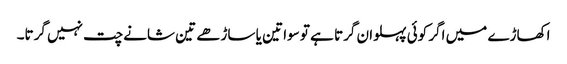
اکھاڑے میں اگر کوئی پہلوان گرتا ہے تو سوا تین یا ساڑھے تین شانے چت نہیں گرتا۔